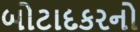
બોટાદકરનો